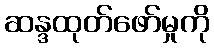
ဆန္ဒထုတ်ဖော်မှုကို